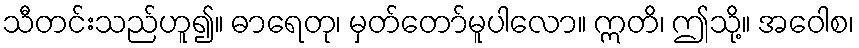
သီတင်းသည်ဟူ၍။ ဓာရေတု၊ မှတ်တော်မူပါလော။ ဣတိ၊ ဤသို့။ အဝေါစ၊